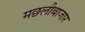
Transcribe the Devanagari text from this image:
मछलीबाजार